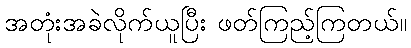
အတုံးအခဲလိုက်ယူပြီး ဖတ်ကြည့်ကြတယ်။